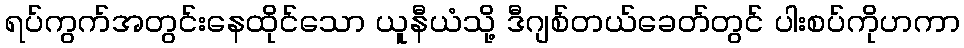
ရပ်ကွက်အတွင်းနေထိုင်သော ယူနီယံသို့ ဒီဂျစ်တယ်ခေတ်တွင် ပါးစပ်ကိုဟကာ